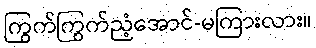
ကြွက်ကြွက်ညံ့အောင်-မကြားလား။